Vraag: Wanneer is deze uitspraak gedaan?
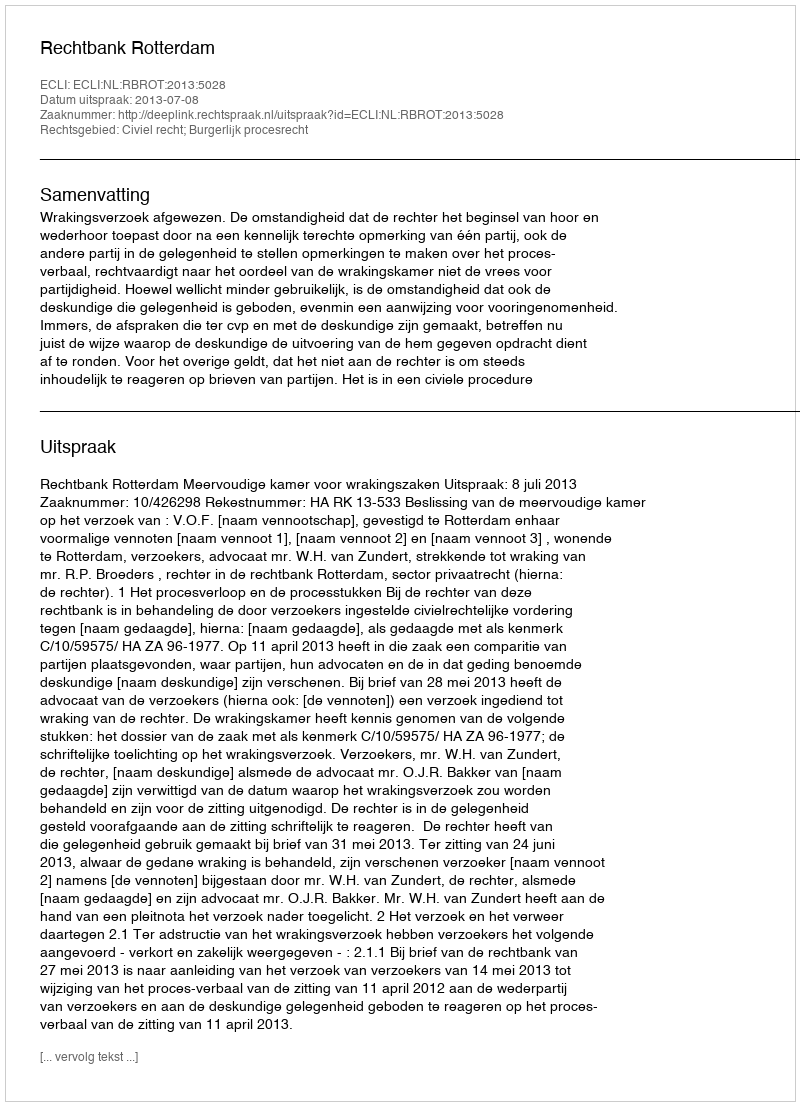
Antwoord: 2013-07-08